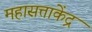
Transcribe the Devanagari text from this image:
महासत्ताकेंद्र